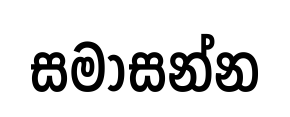
සමාසන්න